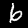
Digit: 6